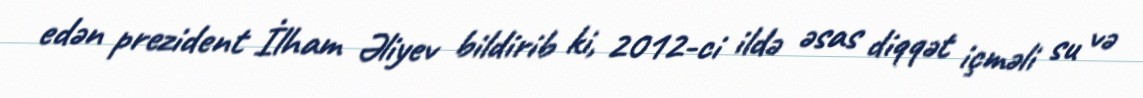
edən prezident İlham Əliyev bildirib ki, 2012-ci ildə əsas diqqət içməli su və